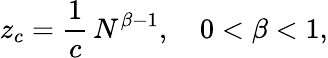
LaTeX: z_{c}=\frac{1}{c}\, N^{\beta-1},\quad 0<\beta<1,